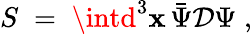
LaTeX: S\; =\; \intd^{3}\mathbf{x}\, \bar{{\Psi}}{\mathcal{D}}\Psi\; ,